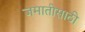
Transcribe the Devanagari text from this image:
जमातीसाठी